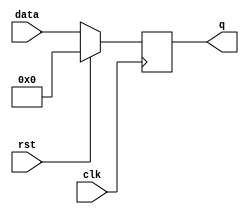
`timescale 1ns/1ns
module nBitRegisterwAlways(data, rst, clk, q);
	parameter SIZE = 8;
	input [SIZE-1:0]data;
	input clk, rst;
	output reg [SIZE-1:0]q;

	always@(negedge clk) begin
		if(rst)
			#30 q <= 0;
		else
			#30 q <= data;
	end
endmodule